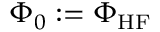
\Phi _ { 0 } : = \Phi _ { \mathrm { H F } }